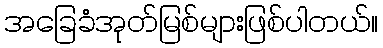
အခြေခံအုတ်မြစ်များဖြစ်ပါတယ်။